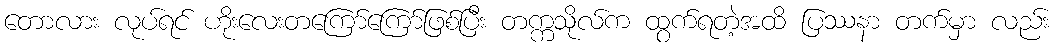
တောလား လုပ်ရင် ဟိုးလေးတကြော်ကြော်ဖြစ်ပြီး တက္ကသိုလ်က ထွက်ရတဲ့အထိ ပြဿနာ တက်မှာ လည်း